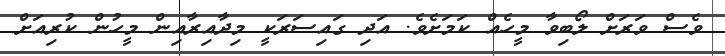
ވެސް ވަރަށް ލޯބިވާ މީހެއް ކަމަށެވެ. އަދި ގައިސަރަކީ މިދާއިރާއިން މީހުން ކުރިއަށް